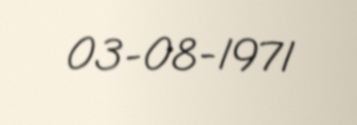
03-08-1971